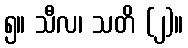
၅။ သီလ၊ သတိ (၂)။